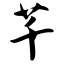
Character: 芊